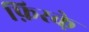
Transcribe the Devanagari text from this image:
फ़िरके़